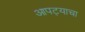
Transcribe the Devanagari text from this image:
आपट्याचा